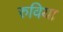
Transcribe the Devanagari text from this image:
रुविया